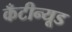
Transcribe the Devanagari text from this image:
कँटीन्यूड